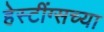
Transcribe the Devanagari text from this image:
हेस्टींग्सच्या